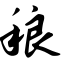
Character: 稂